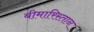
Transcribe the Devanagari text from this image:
बीमारिस्तान